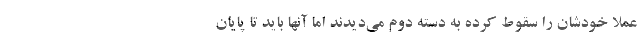
عملاً خودشان را سقوط کرده به دسته دوم می‌دیدند اما آنها باید تا پایان